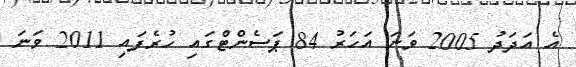
އެ އަދަދު 2005 ވަނަ އަހަރު 84 ޕަސެންޓްގައި ހުރެފައި 2011 ވަނަ